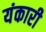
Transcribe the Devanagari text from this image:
यंकारी